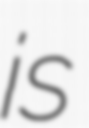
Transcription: is